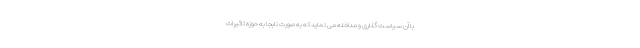
با آن سیاست گذاری و مداخله می نماید که به صورت نابجا به حوزه تاثیرات